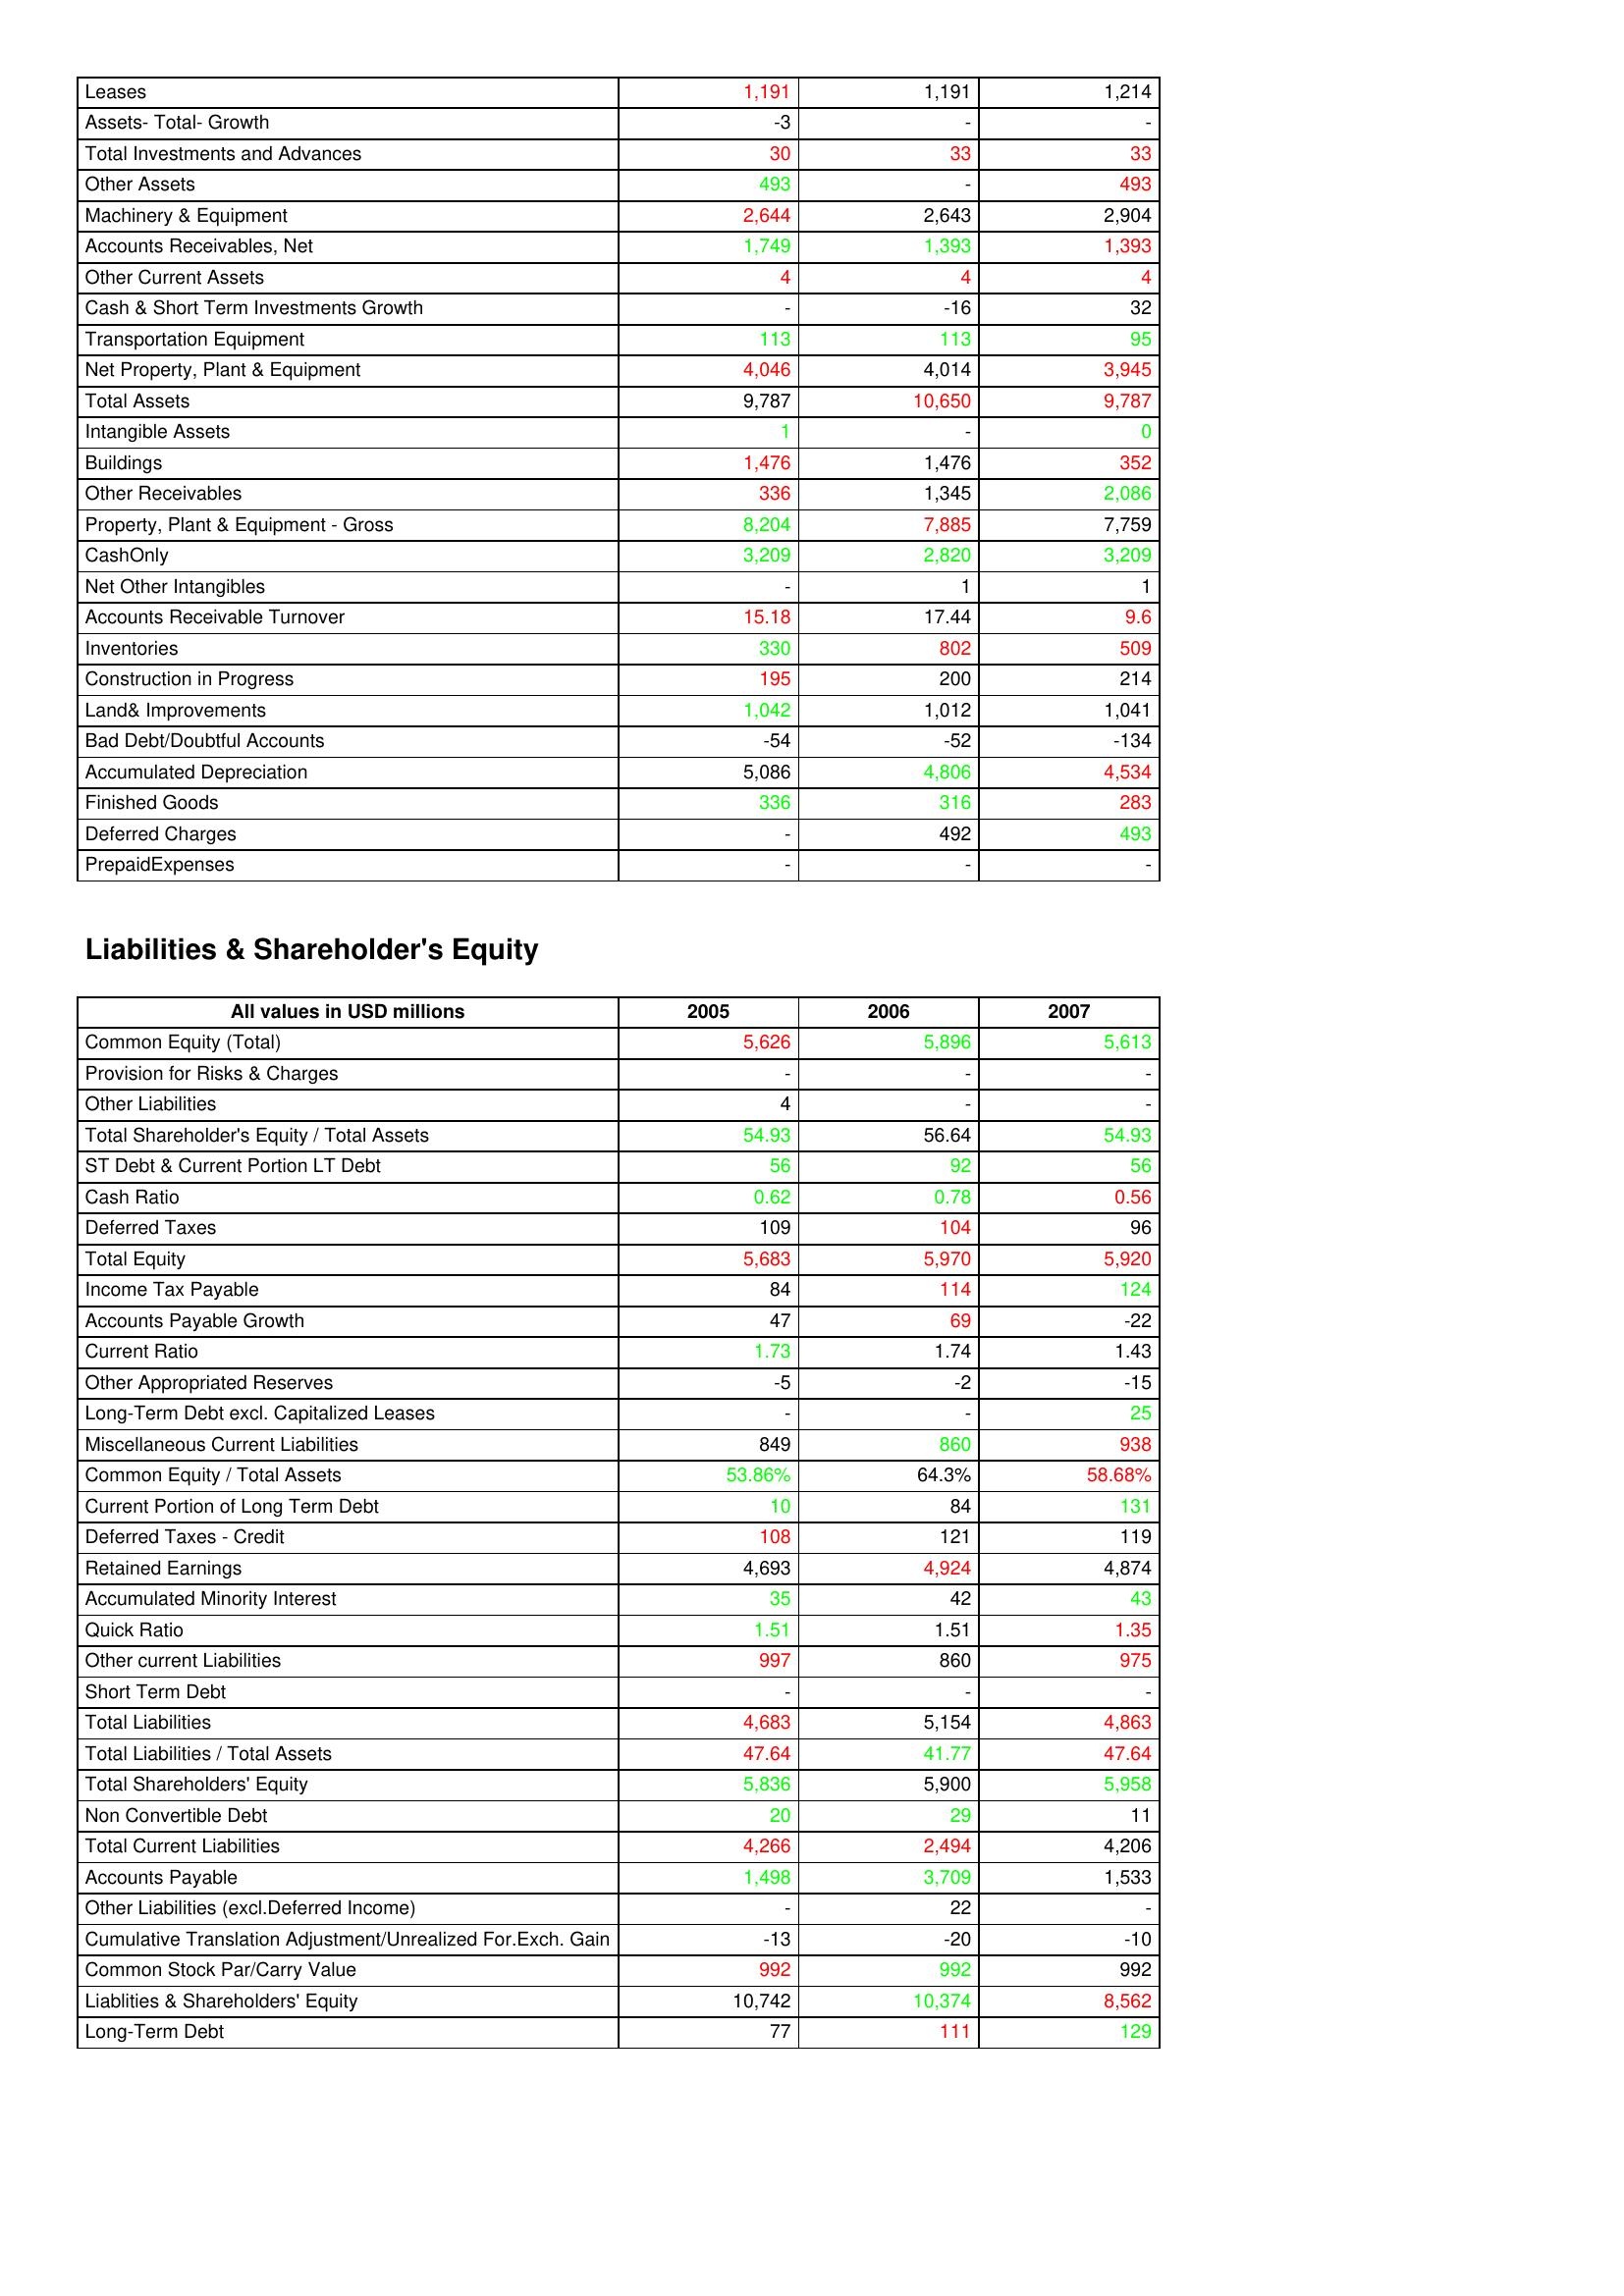
gt_parse: 2005: Assets: Leases: 1,191
Assets- Total- Growth: -3
Total Investments and Advances: 30
Other Assets: 493
Machinery & Equipment: 2,644
Accounts Receivables, Net: 1,749
Other Current Assets: 4
Cash & Short Term Investments Growth: -
Transportation Equipment: 113
Net Property, Plant & Equipment: 4,046
Total Assets: 9,787
Intangible Assets: 1
Buildings: 1,476
Other Receivables: 336
Property, Plant & Equipment - Gross : 8,204
CashOnly: 3,209
Net Other Intangibles: -
Accounts Receivable Turnover: 15.18
Inventories: 330
Construction in Progress: 195
Land& Improvements: 1,042
Bad Debt/Doubtful Accounts: -54
Accumulated Depreciation: 5,086
Finished Goods: 336
Deferred Charges: -
PrepaidExpenses: -
Liabilities & Shareholder's Equity: Common Equity (Total): 5,626
Provision for Risks & Charges: -
Other Liabilities: 4
Total Shareholder's Equity / Total Assets: 54.93
ST Debt & Current Portion LT Debt: 56
Cash Ratio: 0.62
Deferred Taxes: 109
Total Equity: 5,683
Income Tax Payable: 84
Accounts Payable Growth: 47
Current Ratio: 1.73
Other Appropriated Reserves: -5
Long-Term Debt excl. Capitalized Leases: -
Miscellaneous Current Liabilities: 849
Common Equity / Total Assets: 53.86%
Current Portion of Long Term Debt: 10
Deferred Taxes - Credit: 108
Retained Earnings: 4,693
Accumulated Minority Interest: 35
Quick Ratio: 1.51
Other current Liabilities: 997
Short Term Debt: -
Total Liabilities: 4,683
Total Liabilities / Total Assets: 47.64
Total Shareholders' Equity: 5,836
Non Convertible Debt: 20
Total Current Liabilities: 4,266
Accounts Payable: 1,498
Other Liabilities (excl.Deferred Income): -
Cumulative Translation Adjustment/Unrealized For.Exch. Gain: -13
Common Stock Par/Carry Value: 992
Liablities & Shareholders' Equity: 10,742
Long-Term Debt: 77
2006: Assets: Leases: 1,191
Assets- Total- Growth: -
Total Investments and Advances: 33
Other Assets: -
Machinery & Equipment: 2,643
Accounts Receivables, Net: 1,393
Other Current Assets: 4
Cash & Short Term Investments Growth: -16
Transportation Equipment: 113
Net Property, Plant & Equipment: 4,014
Total Assets: 10,650
Intangible Assets: -
Buildings: 1,476
Other Receivables: 1,345
Property, Plant & Equipment - Gross : 7,885
CashOnly: 2,820
Net Other Intangibles: 1
Accounts Receivable Turnover: 17.44
Inventories: 802
Construction in Progress: 200
Land& Improvements: 1,012
Bad Debt/Doubtful Accounts: -52
Accumulated Depreciation: 4,806
Finished Goods: 316
Deferred Charges: 492
PrepaidExpenses: -
Liabilities & Shareholder's Equity: Common Equity (Total): 5,896
Provision for Risks & Charges: -
Other Liabilities: -
Total Shareholder's Equity / Total Assets: 56.64
ST Debt & Current Portion LT Debt: 92
Cash Ratio: 0.78
Deferred Taxes: 104
Total Equity: 5,970
Income Tax Payable: 114
Accounts Payable Growth: 69
Current Ratio: 1.74
Other Appropriated Reserves: -2
Long-Term Debt excl. Capitalized Leases: -
Miscellaneous Current Liabilities: 860
Common Equity / Total Assets: 64.3%
Current Portion of Long Term Debt: 84
Deferred Taxes - Credit: 121
Retained Earnings: 4,924
Accumulated Minority Interest: 42
Quick Ratio: 1.51
Other current Liabilities: 860
Short Term Debt: -
Total Liabilities: 5,154
Total Liabilities / Total Assets: 41.77
Total Shareholders' Equity: 5,900
Non Convertible Debt: 29
Total Current Liabilities: 2,494
Accounts Payable: 3,709
Other Liabilities (excl.Deferred Income): 22
Cumulative Translation Adjustment/Unrealized For.Exch. Gain: -20
Common Stock Par/Carry Value: 992
Liablities & Shareholders' Equity: 10,374
Long-Term Debt: 111
2007: Assets: Leases: 1,214
Assets- Total- Growth: -
Total Investments and Advances: 33
Other Assets: 493
Machinery & Equipment: 2,904
Accounts Receivables, Net: 1,393
Other Current Assets: 4
Cash & Short Term Investments Growth: 32
Transportation Equipment: 95
Net Property, Plant & Equipment: 3,945
Total Assets: 9,787
Intangible Assets: 0
Buildings: 352
Other Receivables: 2,086
Property, Plant & Equipment - Gross : 7,759
CashOnly: 3,209
Net Other Intangibles: 1
Accounts Receivable Turnover: 9.6
Inventories: 509
Construction in Progress: 214
Land& Improvements: 1,041
Bad Debt/Doubtful Accounts: -134
Accumulated Depreciation: 4,534
Finished Goods: 283
Deferred Charges: 493
PrepaidExpenses: -
Liabilities & Shareholder's Equity: Common Equity (Total): 5,613
Provision for Risks & Charges: -
Other Liabilities: -
Total Shareholder's Equity / Total Assets: 54.93
ST Debt & Current Portion LT Debt: 56
Cash Ratio: 0.56
Deferred Taxes: 96
Total Equity: 5,920
Income Tax Payable: 124
Accounts Payable Growth: -22
Current Ratio: 1.43
Other Appropriated Reserves: -15
Long-Term Debt excl. Capitalized Leases: 25
Miscellaneous Current Liabilities: 938
Common Equity / Total Assets: 58.68%
Current Portion of Long Term Debt: 131
Deferred Taxes - Credit: 119
Retained Earnings: 4,874
Accumulated Minority Interest: 43
Quick Ratio: 1.35
Other current Liabilities: 975
Short Term Debt: -
Total Liabilities: 4,863
Total Liabilities / Total Assets: 47.64
Total Shareholders' Equity: 5,958
Non Convertible Debt: 11
Total Current Liabilities: 4,206
Accounts Payable: 1,533
Other Liabilities (excl.Deferred Income): -
Cumulative Translation Adjustment/Unrealized For.Exch. Gain: -10
Common Stock Par/Carry Value: 992
Liablities & Shareholders' Equity: 8,562
Long-Term Debt: 129